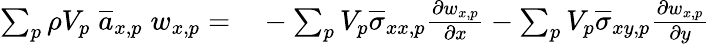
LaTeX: \begin{array}{rl}{\sum_{p}\rho V_{p}\; \overline{{a}}_{x,p}\; w_{x,p}=}&{{}-\sum_{p}V_{p}\overline{{\sigma}}_{xx,p}\frac{\partial w_{x,p}}{\partial x}-\sum_{p}V_{p}\overline{{\sigma}}_{xy,p}\frac{\partial w_{x,p}}{\partial y}}\end{array}